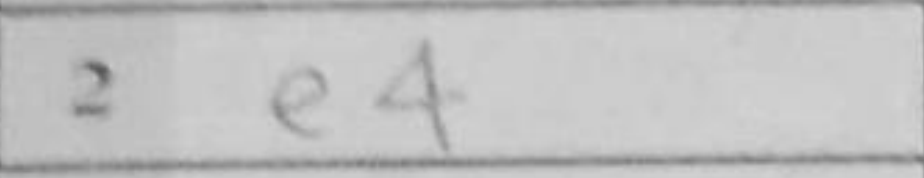
Transcription: e4